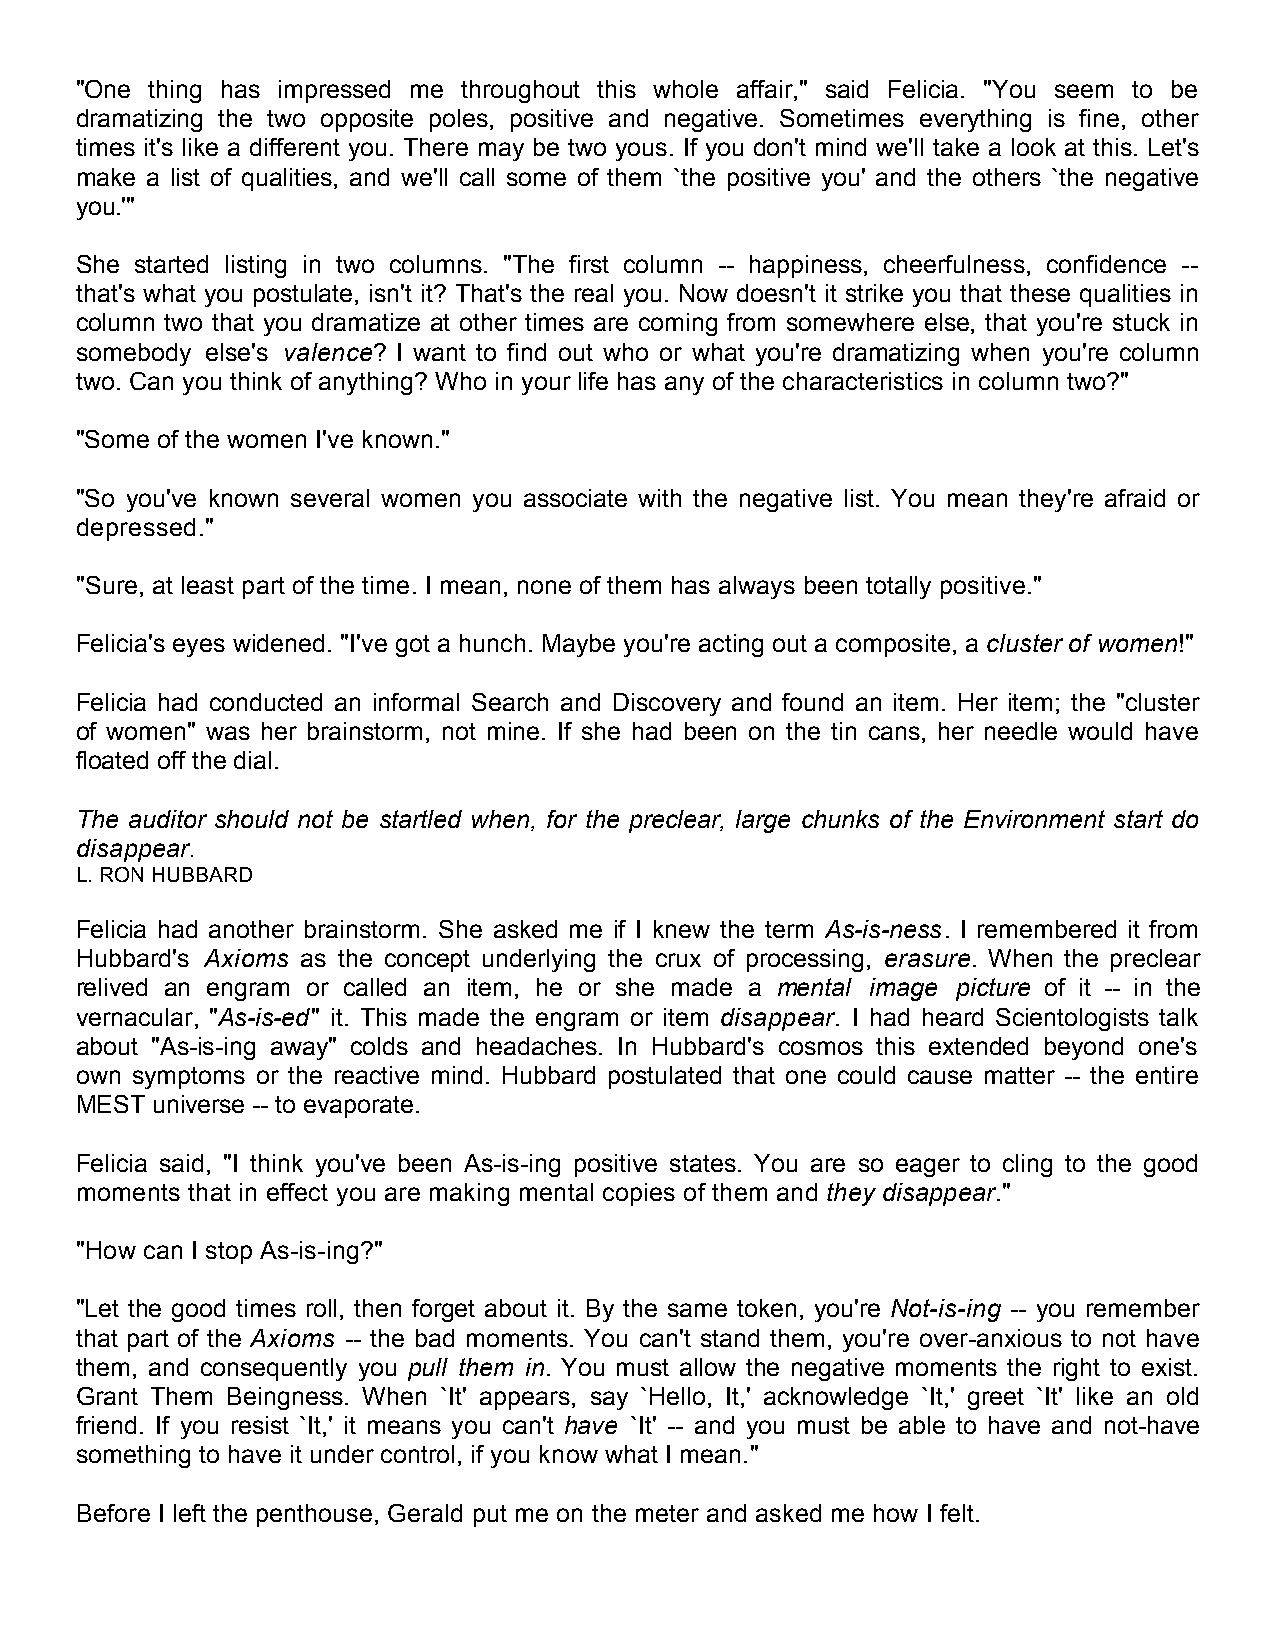
"One thing has impressed me throughout this whole affair," said Felicia. "You seem to be
 dramatizing the two opposite poles, positive and negative. Sometimes everything is fine, other
 times it's like a different you. There may be two yous. If you don't mind we'll take a look at this. Let's
 make a list of qualities, and we'll call some of them `the positive you' and the others `the negative
 you.'"
 She started listing in two columns. "The first column -- happiness, cheerfulness, confidence --
 that's what you postulate, isn't it? That's the real you. Now doesn't it strike you that these qualities in
 column two that you dramatize at other times are coming from somewhere else, that you're stuck in
 somebody else's valence? I want to find out who or what you're dramatizing when you're column
 two. Can you think of anything? Who in your life has any of the characteristics in column two?"
 "Some of the women I've known."
 "So you've known several women you associate with the negative list. You mean they're afraid or
 depressed."
 "Sure, at least part of the time. I mean, none of them has always been totally positive."
 Felicia's eyes widened. "I've got a hunch. Maybe you're acting out a composite, a cluster of women!"
 Felicia had conducted an informal Search and Discovery and found an item. Her item; the "cluster
 of women" was her brainstorm, not mine. If she had been on the tin cans, her needle would have
 floated off the dial.
 The auditor should not be startled when, for the preclear, large chunks of the Environment start do
 disappear.
 L. RON HUBBARD
 Felicia had another brainstorm. She asked me if I knew the term As-is-ness. I remembered it from
 Hubbard's Axioms as the concept underlying the crux of processing, erasure. When the preclear
 relived an engram or called an item, he or she made a mental image picture of it -- in the
 vernacular, "As-is-ed" it. This made the engram or item disappear. I had heard Scientologists talk
 about "As-is-ing away" colds and headaches. In Hubbard's cosmos this extended beyond one's
 own symptoms or the reactive mind. Hubbard postulated that one could cause matter -- the entire
 MEST universe -- to evaporate.
 Felicia said, "I think you've been As-is-ing positive states. You are so eager to cling to the good
 moments that in effect you are making mental copies of them and they disappear."
 "How can I stop As-is-ing?"
 "Let the good times roll, then forget about it. By the same token, you're Not-is-ing -- you remember
 that part of the Axioms -- the bad moments. You can't stand them, you're over-anxious to not have
 them, and consequently you pull them in. You must allow the negative moments the right to exist.
 Grant Them Beingness. When `It' appears, say `Hello, It,' acknowledge `It,' greet `It' like an old
 friend. If you resist `It,' it means you can't have `It' -- and you must be able to have and not-have
 something to have it under control, if you know what I mean."
 Before I left the penthouse, Gerald put me on the meter and asked me how I felt.